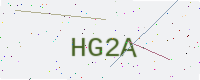
Text: HG2A